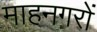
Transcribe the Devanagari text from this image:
माहनगरों